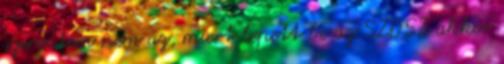
szerintem nem az, miert lepett be az SZDSZ akkor